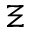
\Xi